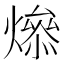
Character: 𤏟